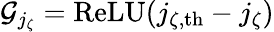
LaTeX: \mathcal{G}_{j_{\zeta}}=\mathrm{ReLU}(j_{\zeta,\mathrm{th}}-j_{\zeta})